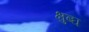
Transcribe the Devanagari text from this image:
क्षुब्घ